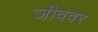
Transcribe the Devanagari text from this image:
जीववर